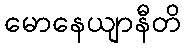
မောနေယျာနီတိ